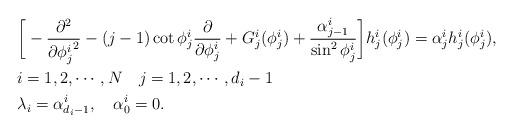
LaTeX: \begin{align*}\begin{aligned} &\bigg[-\frac{\partial^2}{\partial {\phi^i_j}^2}-(j-1)\cot \phi^i_j\frac{\partial }{\partial \phi^i_j}+G^i_j(\phi^i_j)+\frac{\alpha^i_{j-1}}{\sin^2 \phi^i_j}\bigg]h^i_j(\phi^i_j)=\alpha^i_{j}h^i_j(\phi^i_j),\\ &i=1,2,\cdots,N~~~j=1,2,\cdots,d_i-1\\ &\lambda_i=\alpha^i_{d_i-1},~~~\alpha^i_0=0.\\\end{aligned}\end{align*}